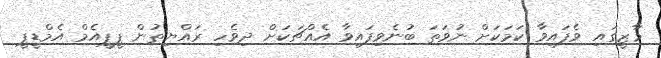
މާޒީގައި ވެފައިވާ ކަމަކަށް ނުވަތަ ބުނެވިފައިވާ އެއްޗަކަށް ދިވެހި ރައްޔިތުން ޕީޕީއެމް އެމްޑީޕީ